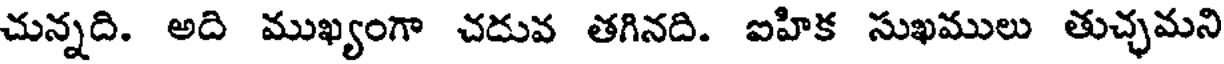
చున్నది. అది ముఖ్యంగా చదువ తగినది. ఐహిక సుఖములు తుచ్చమని